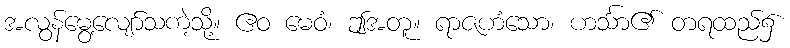
အလွန်မွေ့လျော်သကဲ့သို့။ ဧဝ မေဝံ၊ ဤအတူ။ ရာဇဟံသော၊ ဟင်္သာ၏ တရထည်၌